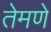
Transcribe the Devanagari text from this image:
तेमणे